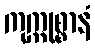
ကုက္ကုစ္စာနံ